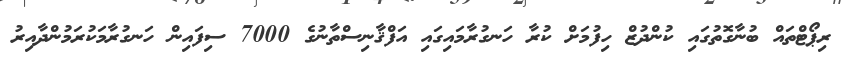
ރިޕޯޓްތައް ބުނާގޮތުގައި ކުންދުޒް ހިފުމަށް ކުރާ ހަނގުރާމައިގައި އަފްޤާނިސްތާނުގެ 7000 ސިފައިން ހަނގުރާމަކުރަމުންދާއިރު